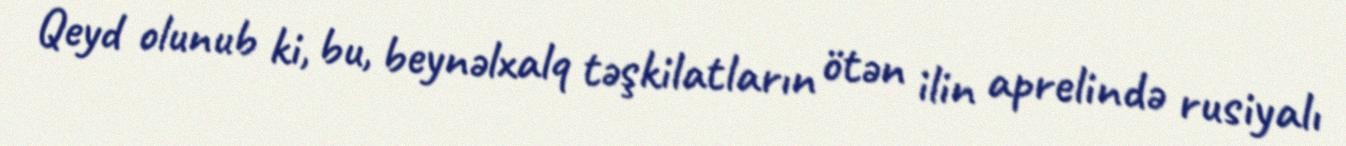
Qeyd olunub ki, bu, beynəlxalq təşkilatların ötən ilin aprelində rusiyalı